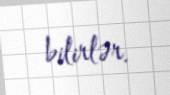
bilirlər.